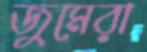
জুমেরা